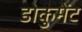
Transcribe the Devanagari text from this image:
डोकुमेंट